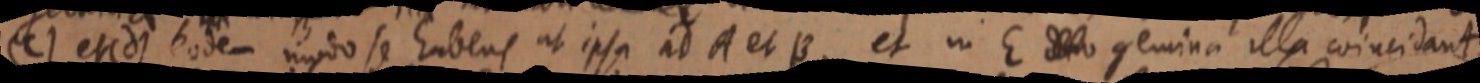
(C) et (d) eodem modo se habens ut ipsa ad A et B, et in E _ gemina illa coincidant